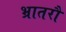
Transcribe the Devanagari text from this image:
भ्रातरौ